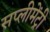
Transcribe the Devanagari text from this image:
सप्लीमेंट्री